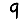
Digit: 9